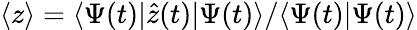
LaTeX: \langle z\rangle=\langle\Psi(t)|\hat{z}(t)|\Psi(t)\rangle/\langle\Psi(t)|\Psi(t)\rangle